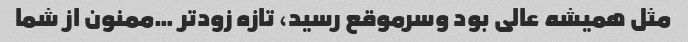
مثل همیشه عالی بود وسرموقع رسید، تازه زودتر …ممنون از شما